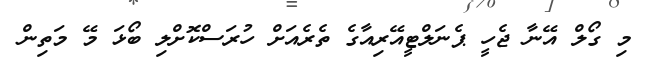
މި ގޯލް އޭނާ ޖެހީ ޕެނަލްޓީއޭރިއާގެ ތެރެއަށް ހުރަސްކޮށްލި ބޯޅަ މޭ މަތިން